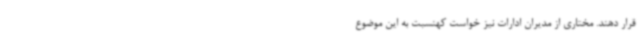
قرار دهند. مختاری از مدیران ادارات نیز خواست کهنسبت به این موضوع